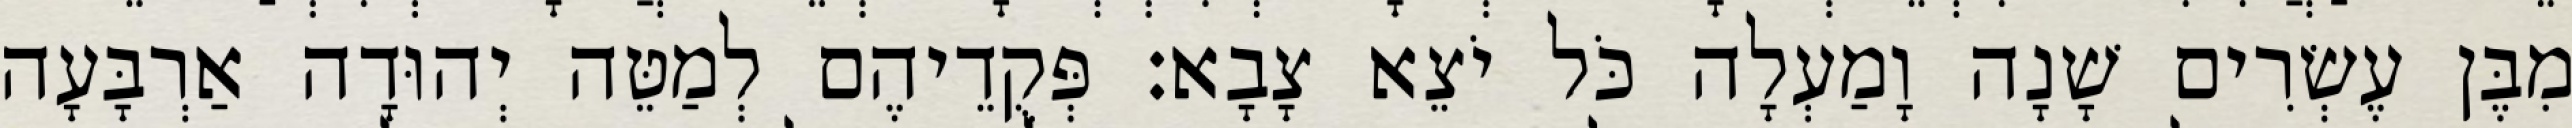
מִבֶּן עֶשְׂרִים שָׁנָה וָמַעְלָה כֹּל יֹצֵא צָבָא׃ פְּקֻדֵיהֶם לְמַטֵּה יְהוּדָה אַרְבָּעָה